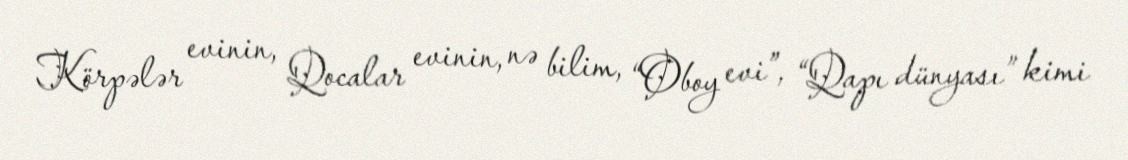
Körpələr evinin, Qocalar evinin, nə bilim, “Oboy evi”, “Qapı dünyası” kimi